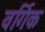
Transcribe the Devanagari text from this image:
वर्गिक